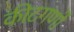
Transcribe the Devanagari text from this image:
कीटगणों